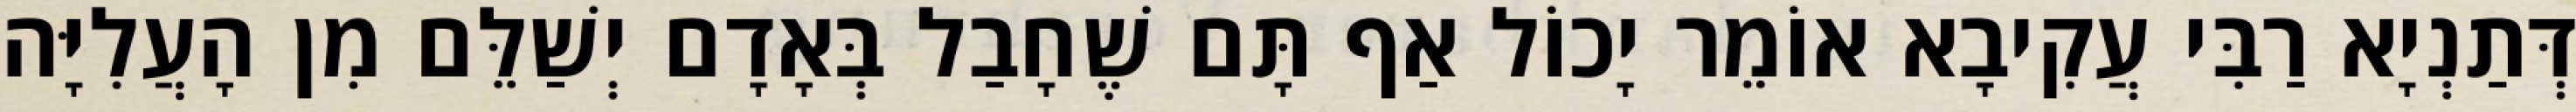
דְּתַנְיָא רַבִּי עֲקִיבָא אוֹמֵר יָכוֹל אַף תָּם שֶׁחָבַל בְּאָדָם יְשַׁלֵּם מִן הָעֲלִיָּה